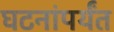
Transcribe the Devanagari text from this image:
घटनांपर्यंत